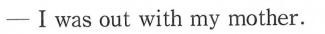
——Ⅰ was out with my mother.